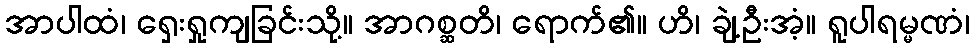
အာပါထံ၊ ရှေးရှုကျခြင်းသို့။ အာဂစ္ဆတိ၊ ရောက်၏။ ဟိ၊ ချဲ့ဦးအံ့။ ရူပါရမ္မဏံ၊